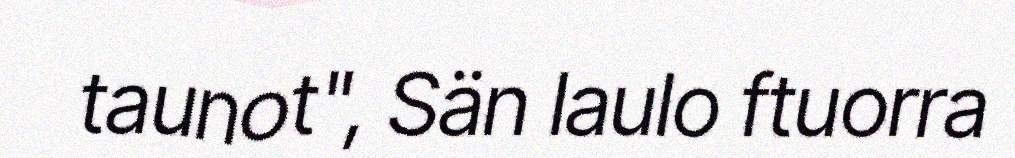
taunot", Sän laulo ftuorra